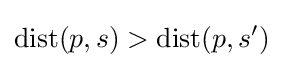
\mathrm {dist} (p,s)>\mathrm {dist} (p,s')